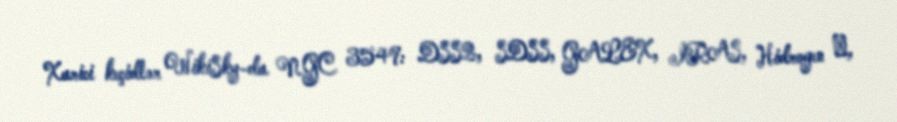
Xarici keçidlər WikiSky-da NGC 3549: DSS2, SDSS, GALEX, IRAS, Hidrogen α,